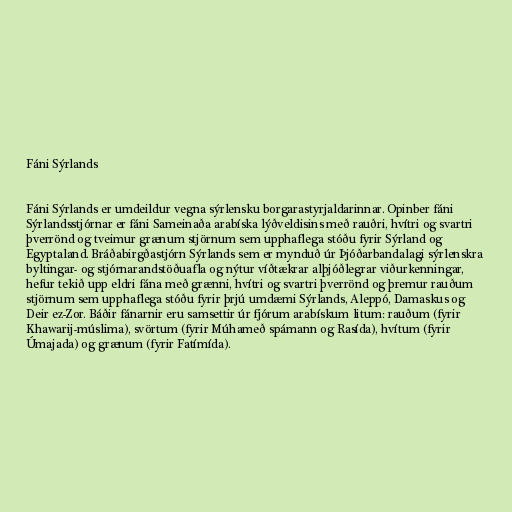
Fáni Sýrlands

Fáni Sýrlands er umdeildur vegna sýrlensku borgarastyrjaldarinnar. Opinber fáni
Sýrlandsstjórnar er fáni Sameinaða arabíska lýðveldisins með rauðri, hvítri og svartri
þverrönd og tveimur grænum stjörnum sem upphaflega stóðu fyrir Sýrland og
Egyptaland. Bráðabirgðastjórn Sýrlands sem er mynduð úr Þjóðarbandalagi sýrlenskra
byltingar- og stjórnarandstöðuafla og nýtur víðtækrar alþjóðlegrar viðurkenningar,
hefur tekið upp eldri fána með grænni, hvítri og svartri þverrönd og þremur rauðum
stjörnum sem upphaflega stóðu fyrir þrjú umdæmi Sýrlands, Aleppó, Damaskus og
Deir ez-Zor. Báðir fánarnir eru samsettir úr fjórum arabískum litum: rauðum (fyrir
Khawarij-múslima), svörtum (fyrir Múhameð spámann og Rasída), hvítum (fyrir
Úmajada) og grænum (fyrir Fatímída).